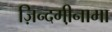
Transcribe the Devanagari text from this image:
ज़िन्दगी़नामा